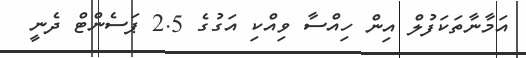
އަމާނާތަކަފުލް އިން ހިއްސާ ވިއްކި އަގުގެ 2.5 ޕަސެންޓް ދެނީ